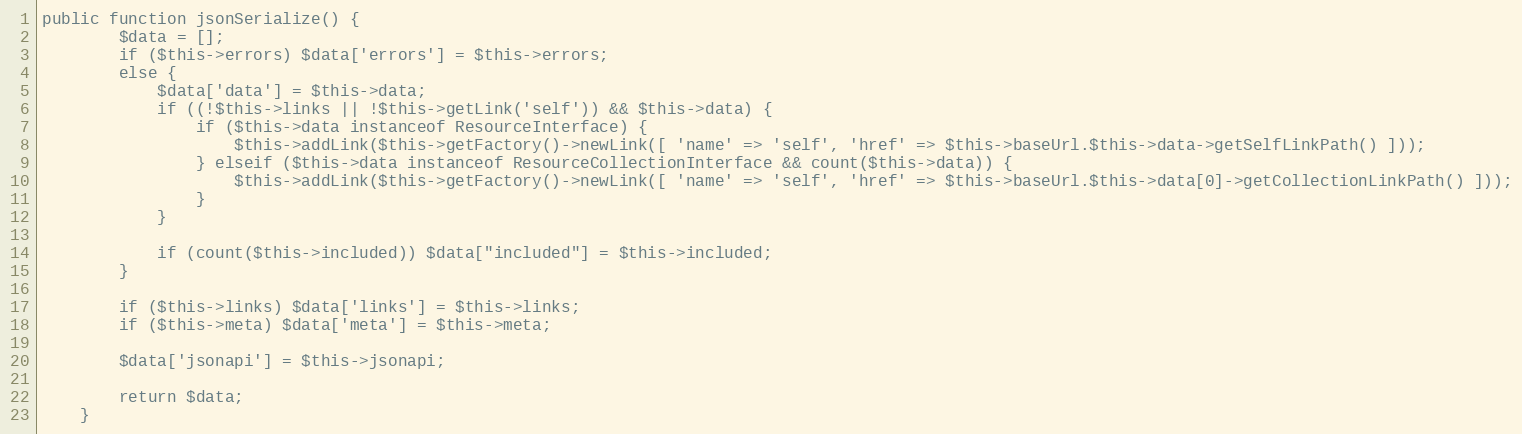
Language: PHP
public function jsonSerialize() {
        $data = [];
        if ($this->errors) $data['errors'] = $this->errors;
        else {
            $data['data'] = $this->data;
            if ((!$this->links || !$this->getLink('self')) && $this->data) {
                if ($this->data instanceof ResourceInterface) {
                    $this->addLink($this->getFactory()->newLink([ 'name' => 'self', 'href' => $this->baseUrl.$this->data->getSelfLinkPath() ]));
                } elseif ($this->data instanceof ResourceCollectionInterface && count($this->data)) {
                    $this->addLink($this->getFactory()->newLink([ 'name' => 'self', 'href' => $this->baseUrl.$this->data[0]->getCollectionLinkPath() ]));
                }
            }

            if (count($this->included)) $data["included"] = $this->included;
        }

        if ($this->links) $data['links'] = $this->links;
        if ($this->meta) $data['meta'] = $this->meta;

        $data['jsonapi'] = $this->jsonapi;

        return $data;
    }